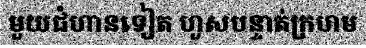
មួយជំហានទៀត ហួសបន្ទាត់ក្រហម